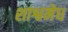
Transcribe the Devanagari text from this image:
शाश्वमेध